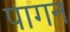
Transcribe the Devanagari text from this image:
पागन